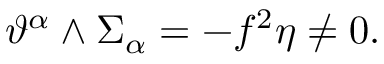
\vartheta ^ { \alpha } \wedge \Sigma _ { \alpha } = - f ^ { 2 } \eta \neq 0 .